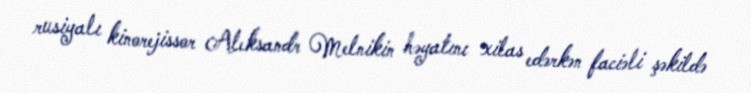
rusiyalı kinorejissor Aleksandr Melnikin həyatını xilas edərkən faciəli şəkildə